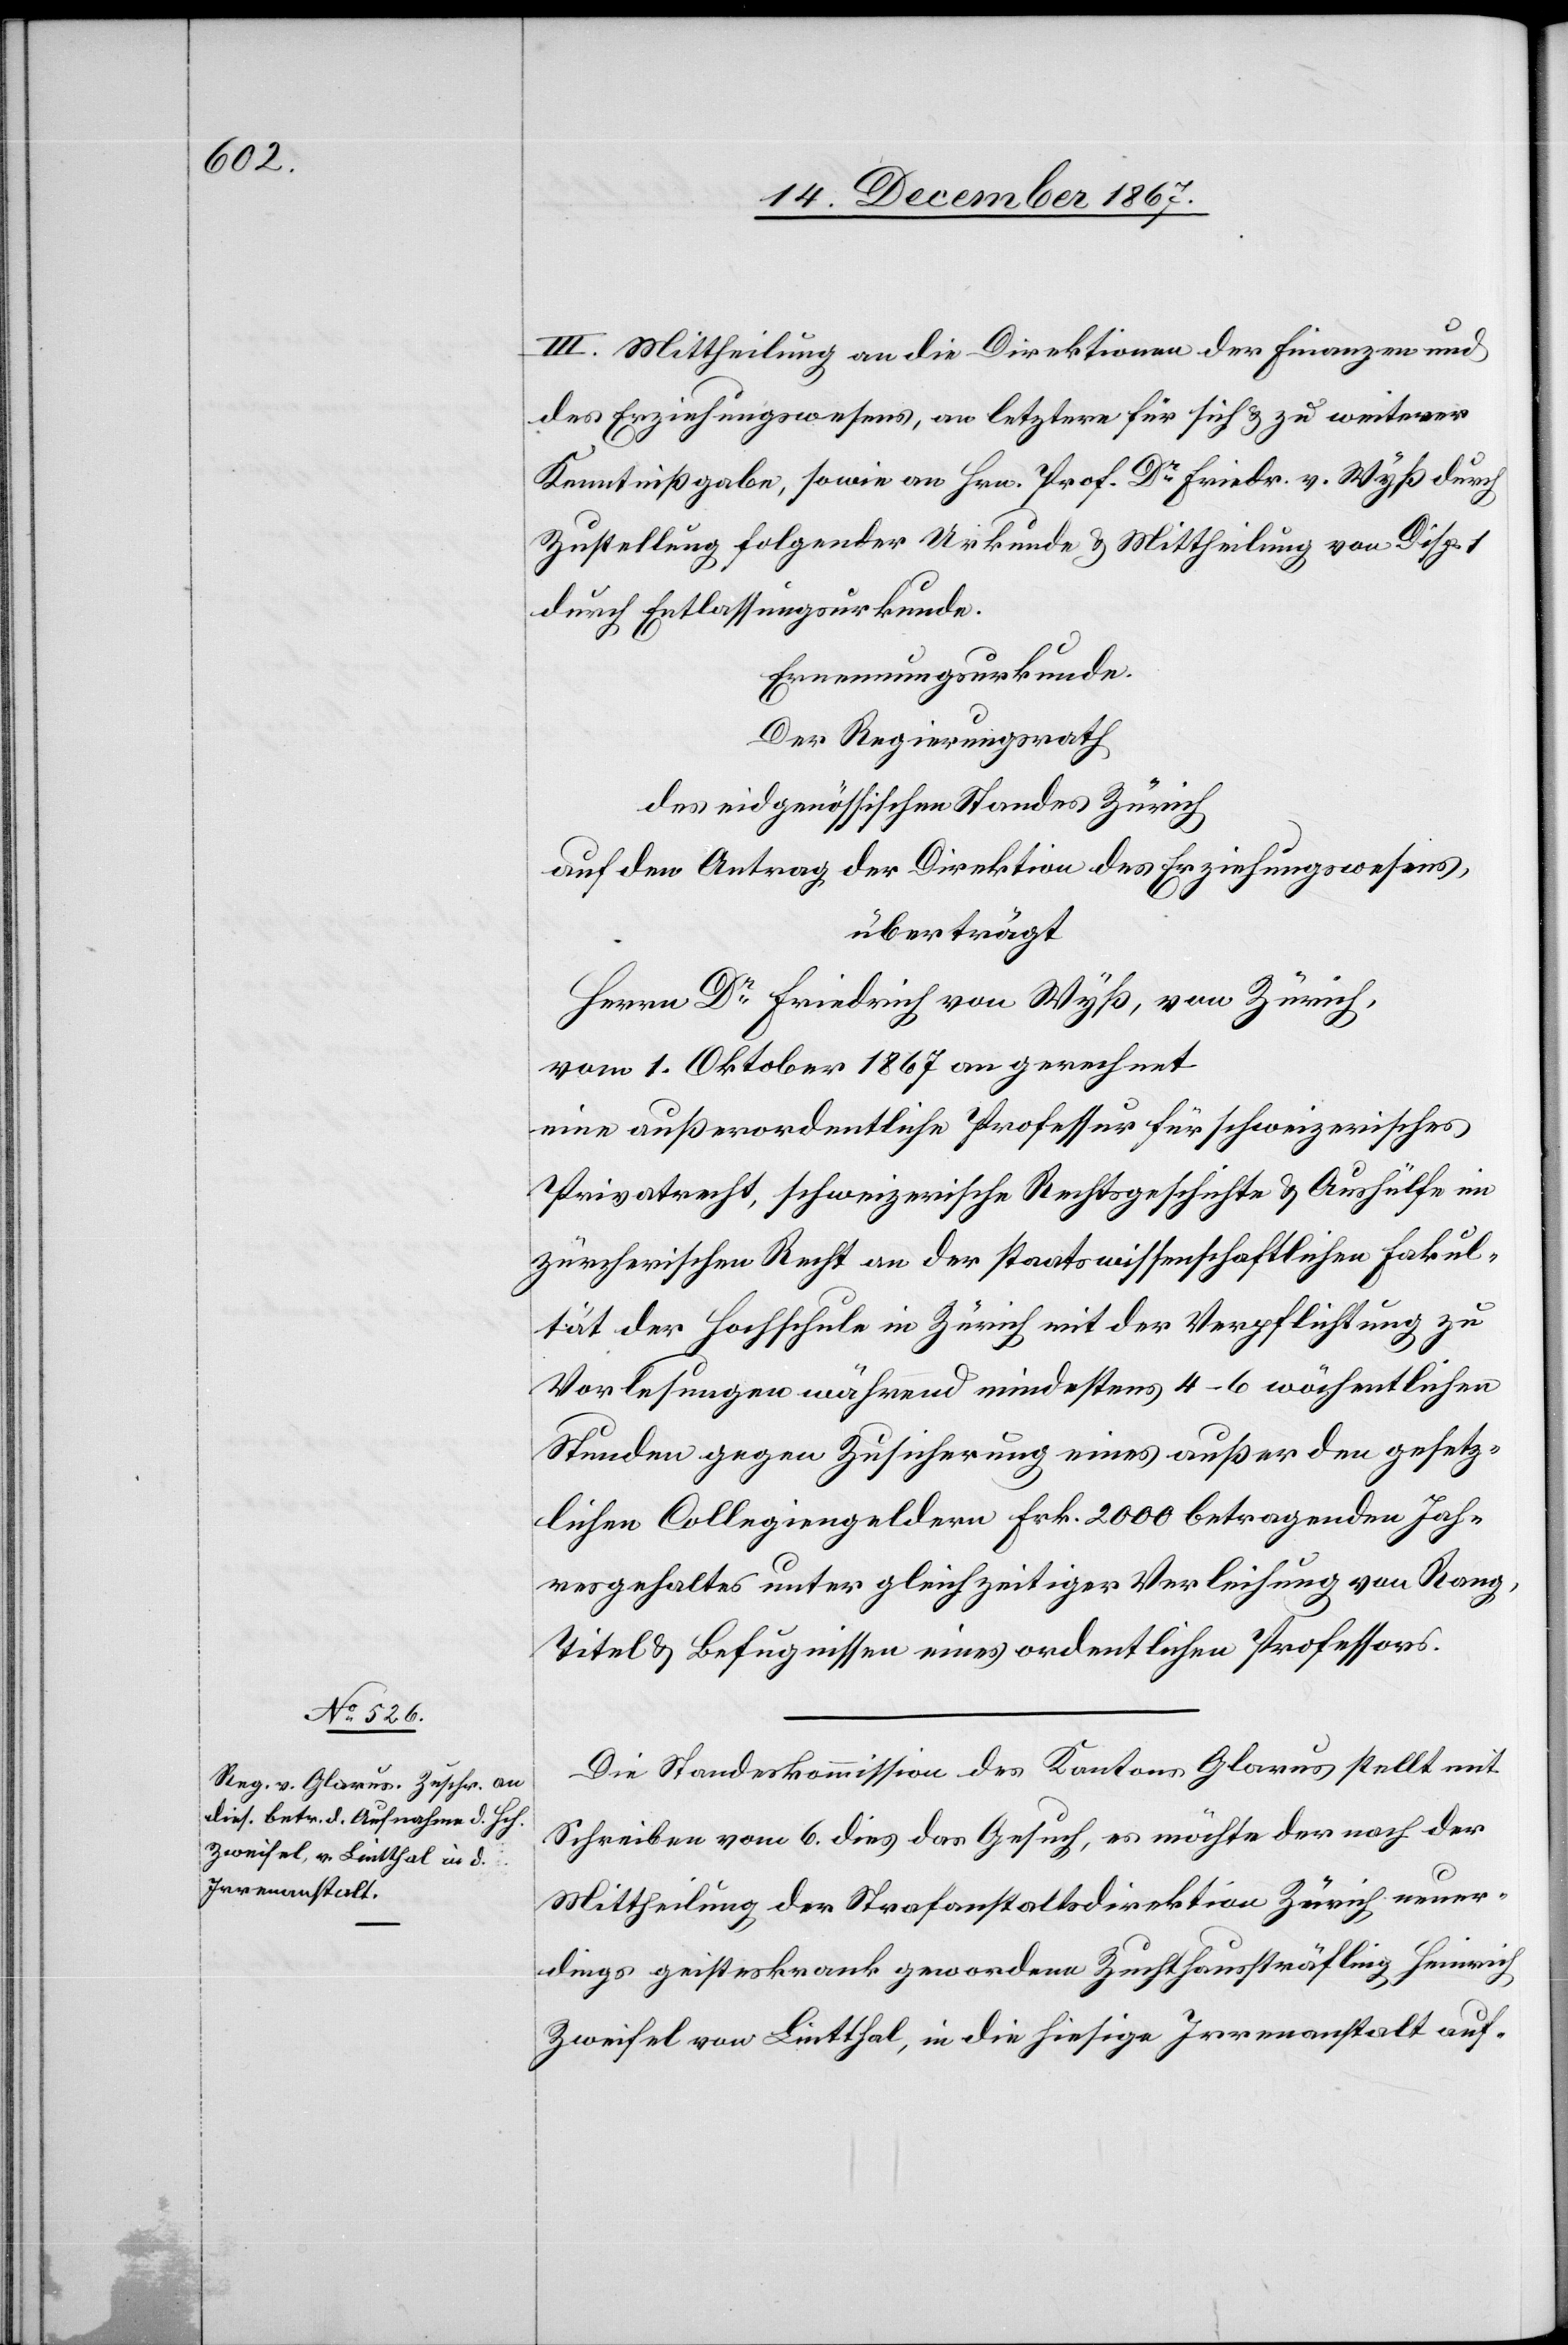
III. Mittheilung an die Direktionen der Finanzen und
des Erziehungswesens, an letztere für sich u. zu weiterer
Kenntnißgabe, sowie an Hrn. Prof. Dr. Friedr. v. Wyß durch
Zustellung folgender Urdkunde u. Mittheilung von Disp. 1
durch Entlassungsurkunde.
Ernennungsurkunde.
Der Regierungsrath
des eidgenössischen Standes Zürich
auf den Antrag der Direktion des Erziehungswesens,
überträgt:
Herrn Dr. Friedrich von Wyß, von Zürich,
vom 1. Oktober 1867 an gerechnet
eine außerordentliche Professur für schweizerisches
Privatrecht, schweizerische Rechtsgeschichte u. Aushülfe im
züricherischen Recht an der staatswissenschaftlichen Fakul¬
tät der Hochschule in Zürich mit der Verpflichtung zu
Vorlesungen während mindestens 4–6 wöchentlichen
Stunden gegen Zusicherung eines außer den gesetz¬
lichen Collegiengeldern Frk. 2000 betragenden Jah¬
resgehalts unter gleichzeitiger Verleihung von Rang,
Titel u. Befugnissen eines ordentlichen Professors.
Die Standeskommission des Kantons Glarus stellt mit
Schreiben vom 6. dies das Gesuch, es möchte der nach der
Mittheilung der Strafanstaltsdirektion Zürich neuer¬
dings geisteskrank gewordene Zuchthaussträfling Heinrich
Zweifel von Lintthal, in die hiesige Irrenanstalt auf-